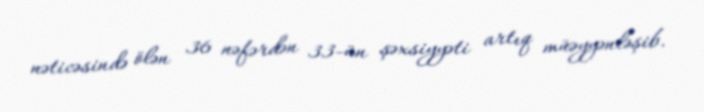
nəticəsində ölən 36 nəfərdən 33-ün şəxsiyyəti artıq müəyyənləşib.